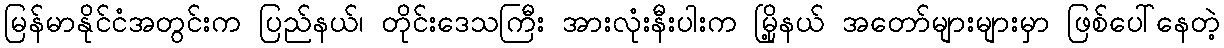
မြန်မာနိုင်ငံအတွင်းက ပြည်နယ်၊ တိုင်းဒေသကြီး အားလုံးနီးပါးက မြို့နယ် အတော်များများမှာ ဖြစ်ပေါ်နေတဲ့